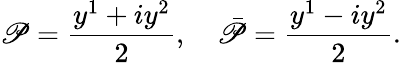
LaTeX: \mathscr{P}=\frac{{y^{1}+iy^{2}}}{{2}},\quad\bar{{\mathscr{P}}}=\frac{{y^{1}-iy^{2}}}{{2}}.